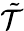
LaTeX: \tilde{\cal T}